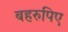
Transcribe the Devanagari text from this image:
बहरुपिए